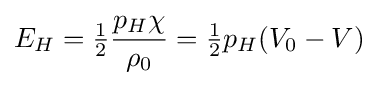
E_{H}={\tfrac {1}{2}}{\frac {p_{H}\chi }{\rho _{0}}}={\tfrac {1}{2}}p_{H}(V_{0}-V)